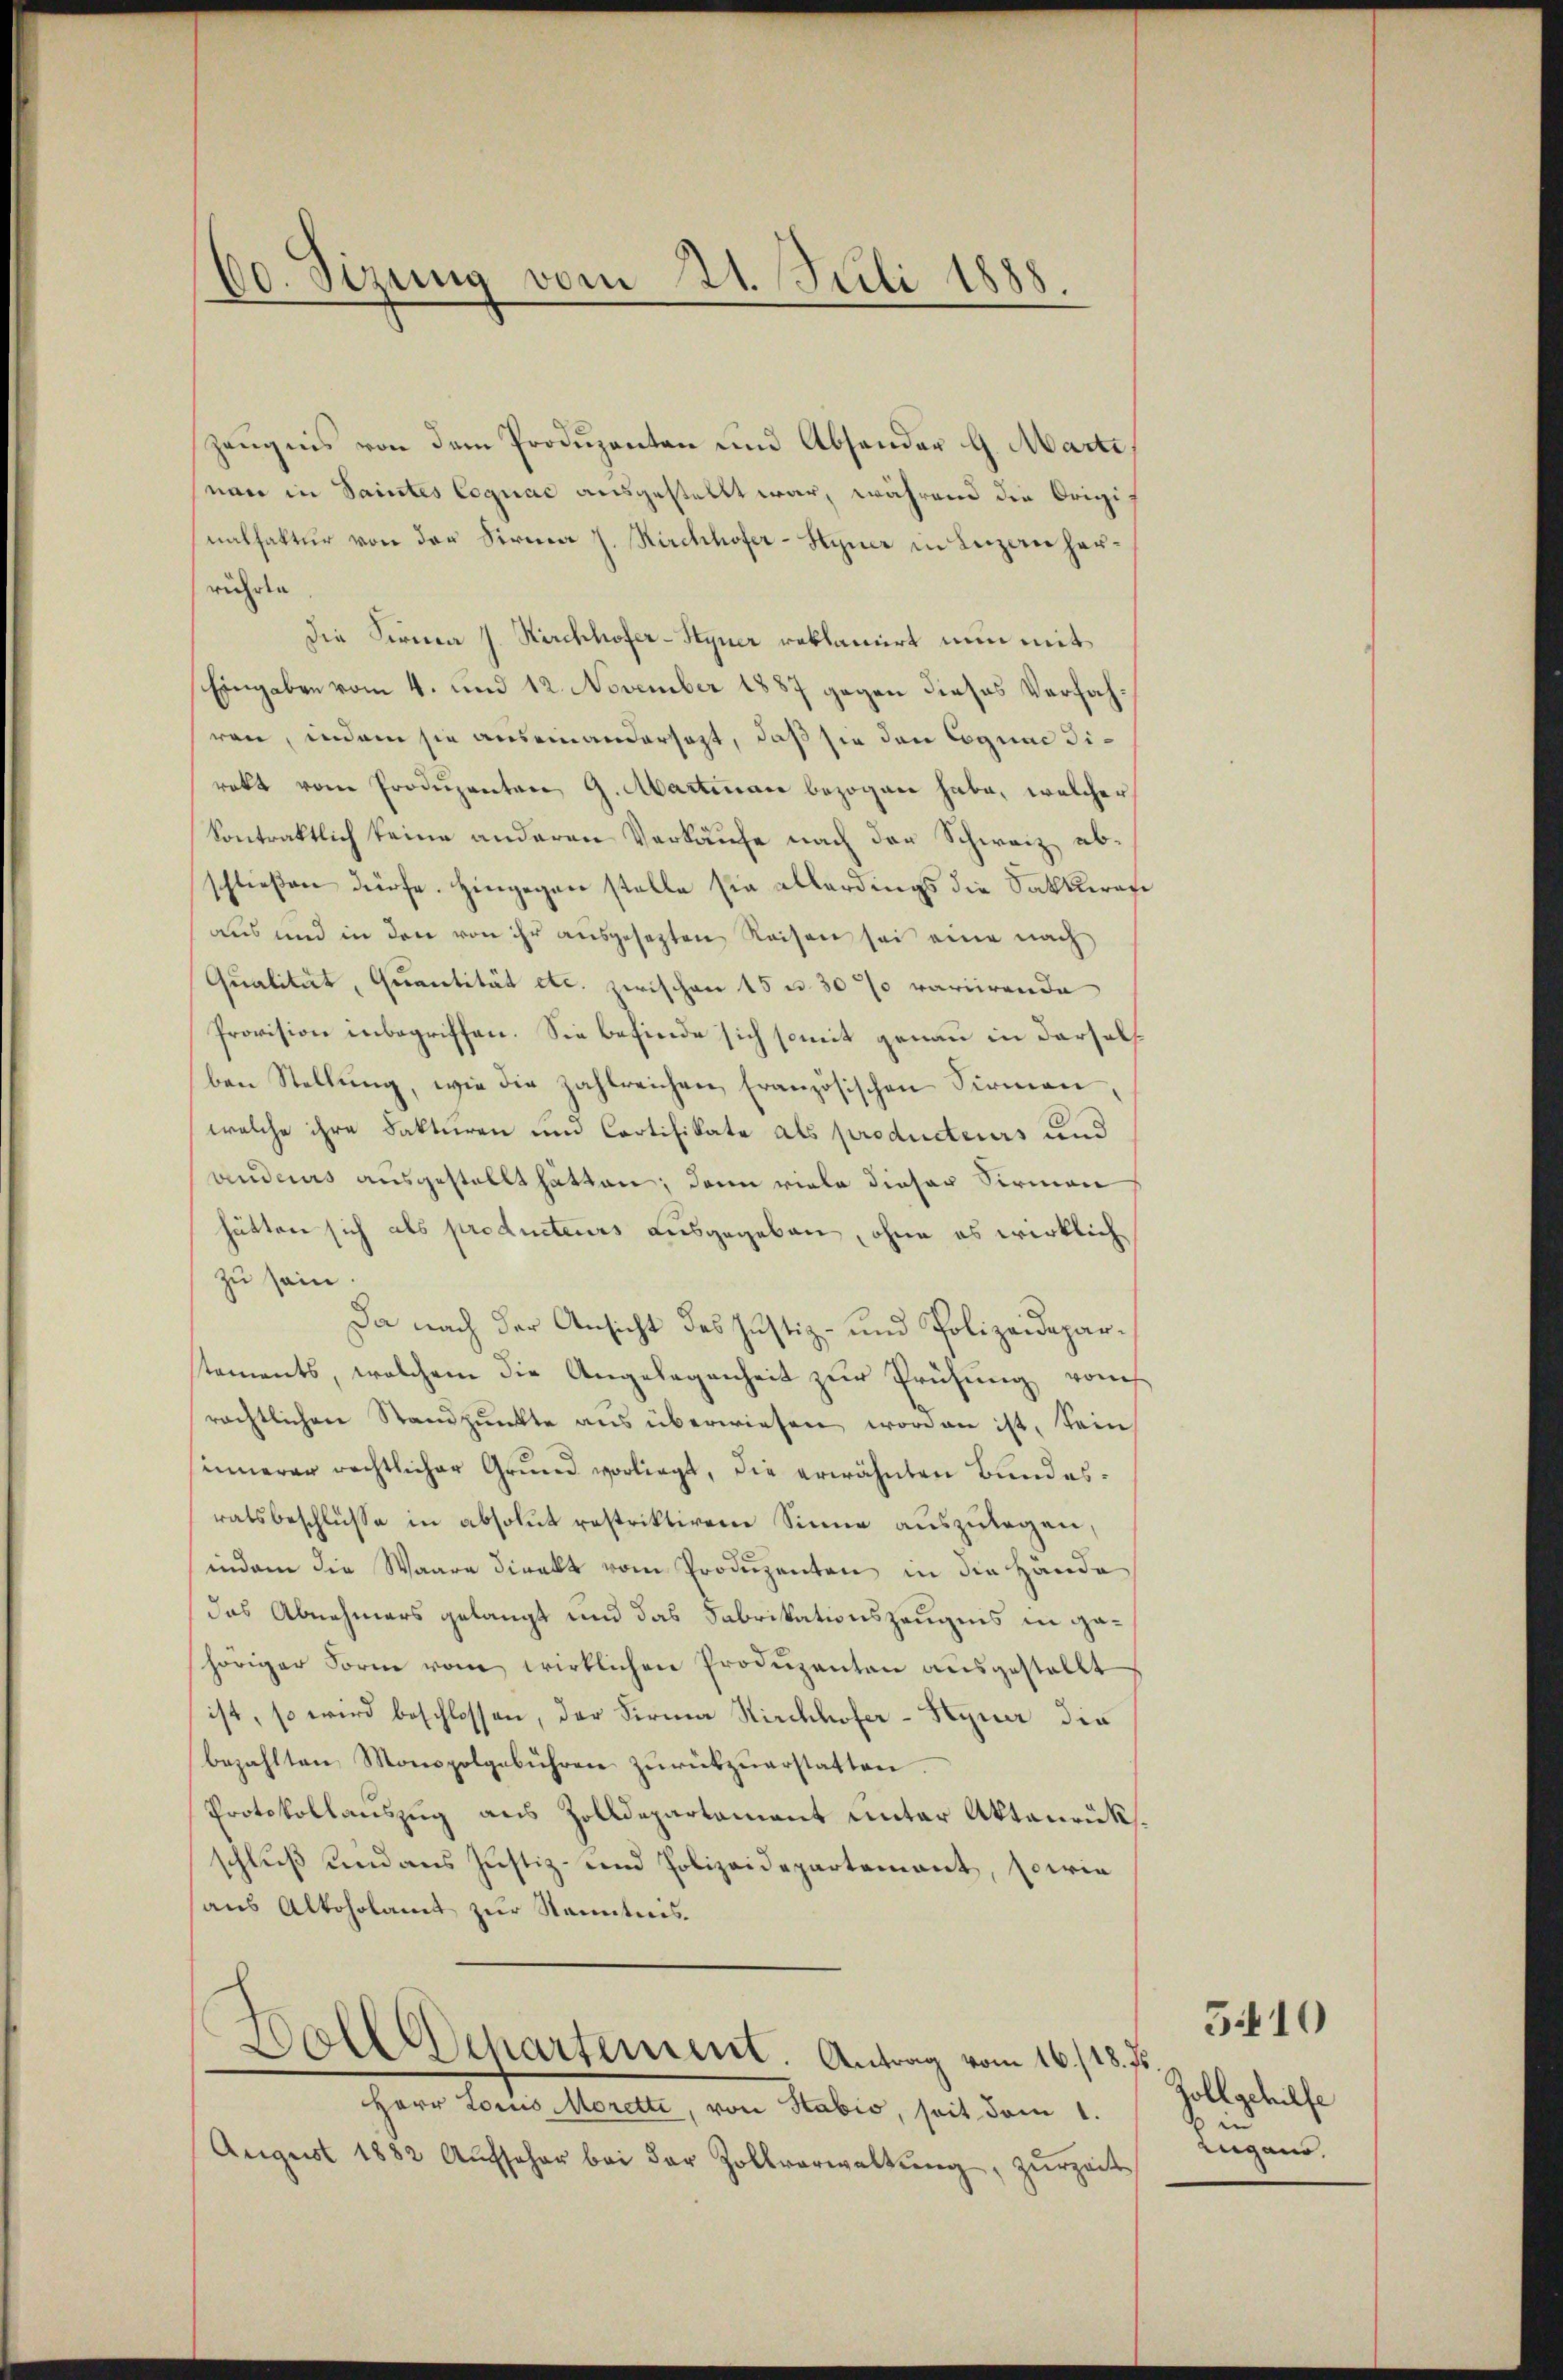
60. Sizung vom 21. Juli 1888.

zeŭgnis von dem Produzenten und Absonder G. Marti
nan in Saintes Cognac ausgestellt war, während die Origi-
natfaktur von der Firma J. Kirchhofer-Hyner in Luzern herrührte
die Firma J. Kirchhofer-Hyner reklamiert nun mit
Eingaben vom 4. und 12. November 1887 gegen dieses Verfahren, indem sie auseinandersagt, daß sie den Cognac direkt vom Produzenten 9. Abartenau bezogen habe, welcher
Contraktlich keine anderen Verkäufe nach der Schweiz abschließen dürfe. Hingegen stelle sie allerdings die Satkrafe
aus und in den von ihr ausgesezten Reisen sei eine nach
Qualität, Quantität etc. zwischen 15 u. 30% variirende
Provision inbegriffen. Sie befinde sich somit genau in dersels
ben Stellung, wie die zahlreichen, französischen Firmen,
welche ihre Fakturen und Cartifikate als producteurs und
vendeurs ausgestellt hätten; dann viele dieser Sirmen
hätten sich als producteurs ausgegeben, ohne es wirklich
zu sein.
Da nach der Ansicht des Justiz- und Polizeidepartements, welchem die Angelegenheit zur Prüfung von
rächtlichen Standpunkte aus überwiesen worden ist, sein
innerer rechtlicher Grŭnd vorliegt, die erwähnten Bundes-
ratsbeschlüsse in absolut restriktiren Sinne auszulagen,
indem die Waare direkt vom Produzenten in die Hände
das Abnehmers gelangt und das Fabrikationszeugnis in gehöriger Form vom wirklichen Produzenten ausgestellt
ist, so wird beschlossen, der Firma Kirchhofer-Steuer die
bezahlten Monspolgebühren zŭrückzuerstatten.
Protokollauszug aus Zolldepartement unter Aktenrückschluß und aus Justiz- und Polizeidepartement, sowie
aus Altoholamt zur Kenntnis.
Doll Departement. Antrag vom 16./18. Js.
Herr Louis Moretti, von Stabio, seit dem 1.
August 1882 Aŭfseher bei der Zollverwaltŭng, zŭrzeit

Zoll gehilfe
Zugano.

5410